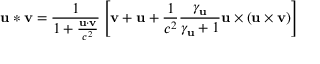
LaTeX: \mathbf { u } * \mathbf { v } = { \frac { 1 } { 1 + { \frac { \mathbf { u } \cdot \mathbf { v } } { c ^ { 2 } } } } } \left[ \mathbf { v } + \mathbf { u } + { \frac { 1 } { c ^ { 2 } } } { \frac { \gamma _ { \mathbf { u } } } { \gamma _ { \mathbf { u } } + 1 } } \mathbf { u } \times ( \mathbf { u } \times \mathbf { v } ) \right]